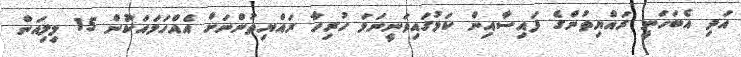
އަދި އެބަހަނީ ރައްޔިތުންގެ ފައިސާއިން ކަމުގައިވަނީނަމަ ހުރިހާ ރައްޔިތުންނަށް އެއްހަމައަކަުން 15 މިލިއަން